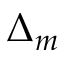
\Delta _ { m }